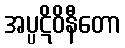
အပ္ပဋိဝိနီတော